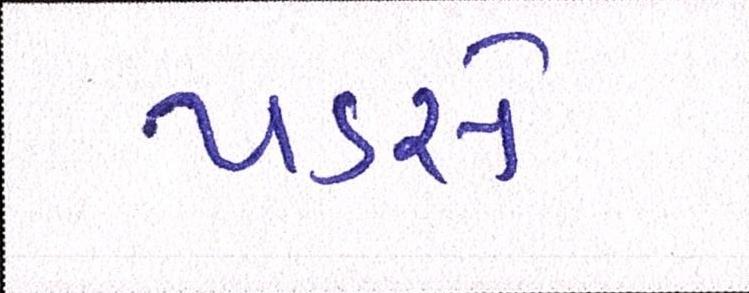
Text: પડસે